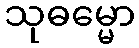
သုဓမ္မော